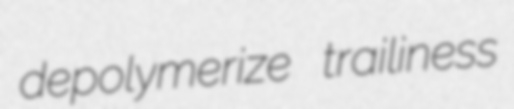
depolymerize trailiness